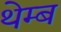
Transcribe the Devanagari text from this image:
थेम्ब